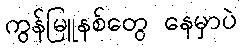
ကွန်မြူနစ်တွေ နေမှာပဲ